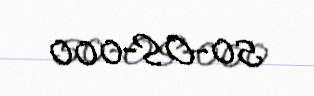
50-OS-000